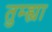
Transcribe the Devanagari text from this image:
तुम्ह्या